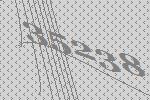
35238